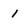
Character: l